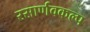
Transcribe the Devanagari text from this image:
रसार्णवकल्प